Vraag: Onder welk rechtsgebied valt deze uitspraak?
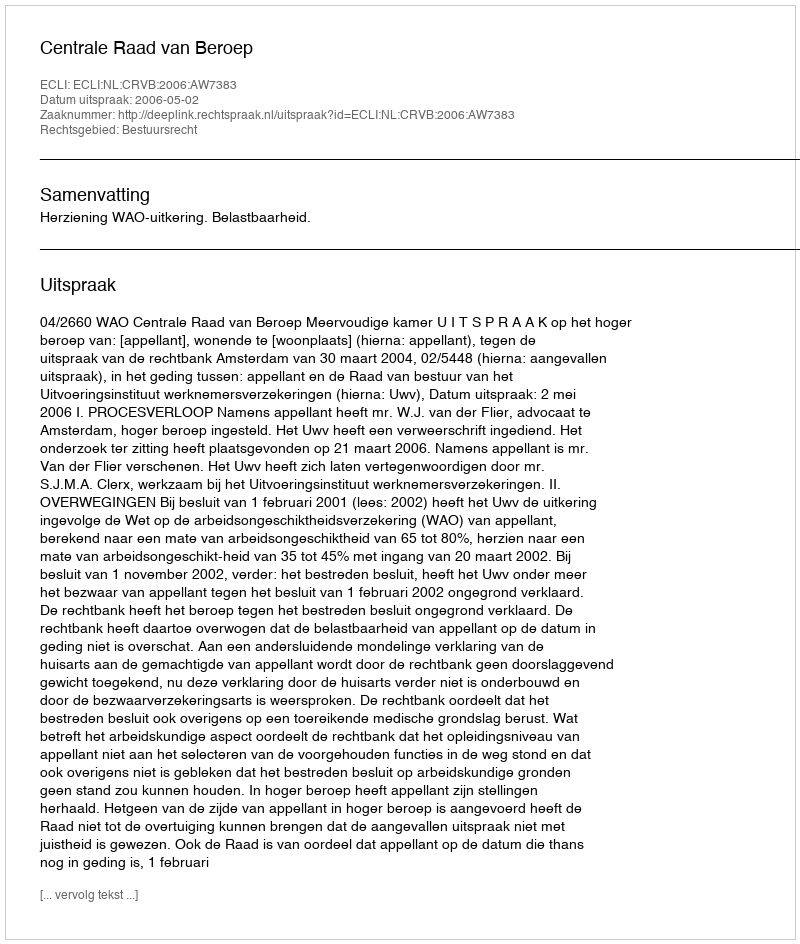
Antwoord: Bestuursrecht